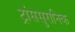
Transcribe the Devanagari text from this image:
ट्रांससुरानिक